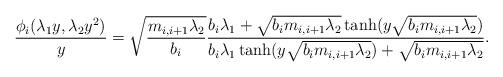
LaTeX: \begin{align*}\frac{\phi _{i}(\lambda _{1}y,\lambda _{2}y^{2})}{y}=\sqrt{\frac{m_{i,i+1}\lambda _{2}}{b_{i}}}\frac{b_{i}\lambda _{1}+\sqrt{b_{i}m_{i,i+1}\lambda _{2}}\tanh (y\sqrt{b_{i}m_{i,i+1}\lambda _{2}})}{b_{i}\lambda _{1}\tanh (y\sqrt{b_{i}m_{i,i+1}\lambda _{2}})+\sqrt{b_{i}m_{i,i+1}\lambda _{2}}}. \end{align*}